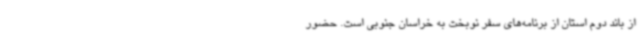
از باند دوم استان از برنامه‌های سفر نوبخت به خراسان جنوبی است. حضور